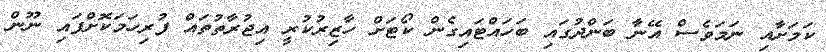
ކަމަށާއި ނަމަވެސް އޭނާ ބަންދުގައި ބަހައްޓައިގެން ކޯޓަށް ހާޒިރުކުރީ އިޖުރާތުތައް ފުރިހަމަކޮށްފައި ނޫން